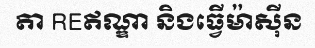
តា REឥណ្ឌា និងធ្វើម៉ាស៊ីន